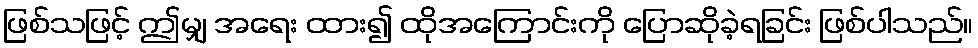
ဖြစ်သဖြင့် ဤမျှ အရေး ထား၍ ထိုအကြောင်းကို ပြောဆိုခဲ့ရခြင်း ဖြစ်ပါသည်။